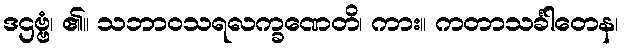
ဒဌဗ္ဗံ၊ ၏။ သဘာဝသရလက္ခဏေတိ၊ ကား။ ကတာသင်္ခါတေန၊